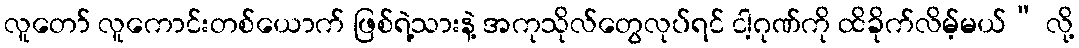
လူတော် လူကောင်းတစ်ယောက် ဖြစ်ရဲ့သားနဲ့ အကုသိုလ်တွေလုပ်ရင် ငါ့ဂုဏ်ကို ထိခိုက်လိမ့်မယ်” လို့